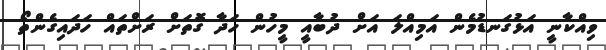
ވިއްކާނީ އަޅުގަނޑުމެން އަމިއްލަ އަށް ދުބާއީ މީހުން ހަދާ ގޮތަށް ރަށްތައް ހަދައިގެންތޯ